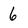
Character: 6